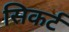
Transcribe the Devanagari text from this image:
सिकर्ट